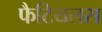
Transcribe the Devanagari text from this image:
फैटियलस